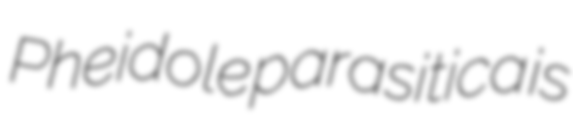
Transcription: Pheidole parasitica is